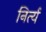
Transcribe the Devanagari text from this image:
निर्त्य